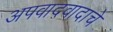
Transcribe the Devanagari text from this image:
अपवादवादाचे